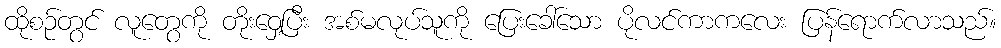
ထိုစဉ်တွင် လူတွေကို တိုးဝှေ့ပြီး အစ်မလုပ်သူကို ပြေးခေါ်သော ပိုလင်ကာကလေး ပြန်ရောက်လာသည်။